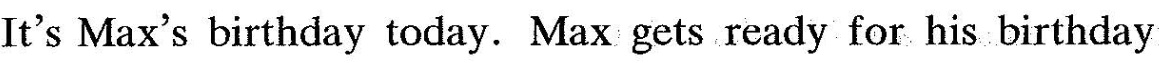
It's Max's birthday today. Max gets ready for his birthday